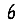
Digit: 6